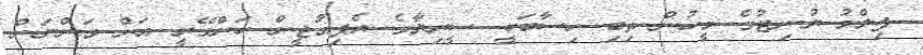
ފިލްމު ޔުނިޓުގެ މީހުން ތިބި ހިސާބަކީ ސީރިޔާގެ ރެފިއުޖީން ހަންގޭރީ އަށް ވަންނަން